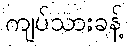
ကျပ်သားခန့်